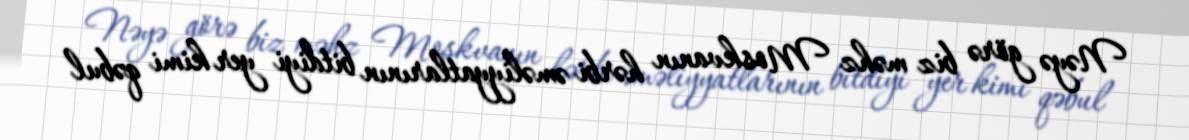
Nəyə görə biz məhz Moskvanın hərbi əməliyyatlarının bitdiyi yer kimi qəbul